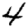
Digit: 4